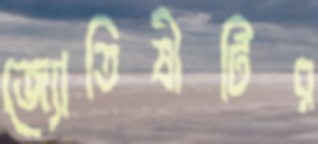
জ্যোতিষীটির